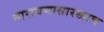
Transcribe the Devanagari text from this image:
नारायणासारखाच